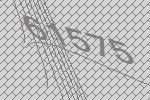
61575